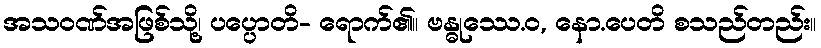
အသဝဏ်အဖြစ်သို့၊ ပပ္ပောတိ- ရောက်၏။ ဗန္ဓုဿေ.ဝ, နော.ပေတိ စသည်တည်း။